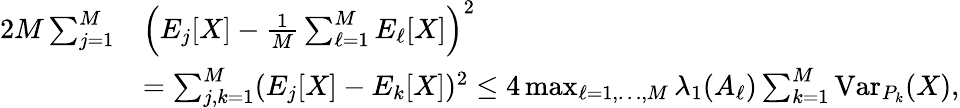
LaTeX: \begin{array}{rl}{2M\sum_{j=1}^{M}}&{\Big(E_{j}[X]-\frac 1M\sum_{\ell=1}^{M}E_{\ell}[X]\Big)^{2}}\\ &{=\sum_{j,k=1}^{M}(E_{j}[X]-E_{k}[X])^{2}\leq 4\operatorname*{max}_{\ell=1,\ldots,M}\lambda_{1}(A_{\ell})\sum_{k=1}^{M}\operatorname{Var}_{P_{k}}(X),}\end{array}